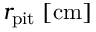
r _ { \mathrm { p i t } } \; [ \mathrm { c m } ]